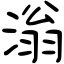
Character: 滃